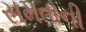
સમતાની